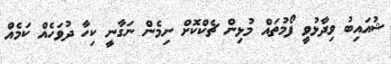
ޝުއައިބު ވިދާޅުވީ ފޯމުތައް މުޅިން ޗެކްކޮށް ނިމެން ނަގާނީ ކިހާ ދުވަހެއް ކަމެއް